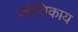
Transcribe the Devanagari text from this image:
कोशिकाय